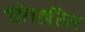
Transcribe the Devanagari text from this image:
श्वेतहस्ति